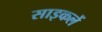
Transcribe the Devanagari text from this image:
साइकलें